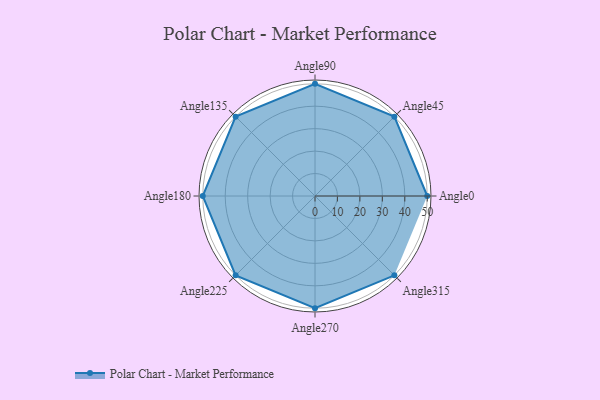
{"axis": {"x": "Angle", "y": "Radius"}, "legend": [""], "data": [{"x": "Angle0", "y": 50, "type": ""}, {"x": "Angle45", "y": 50, "type": ""}, {"x": "Angle90", "y": 50, "type": ""}, {"x": "Angle135", "y": 50, "type": ""}, {"x": "Angle180", "y": 50, "type": ""}, {"x": "Angle225", "y": 50, "type": ""}, {"x": "Angle270", "y": 50, "type": ""}, {"x": "Angle315", "y": 50, "type": ""}]}